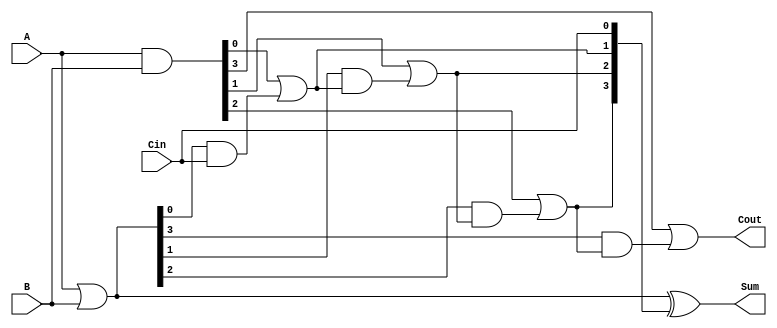
module CILA #(parameter n = 4) (
    input  [n-1:0] A,    // First operand
    input  [n-1:0] B,    // Second operand
    input         Cin,    // Carry input
    output [n-1:0] Sum,   // Sum output
    output        Cout     // Carry output
);

    // Generate and Propagate signals
    wire [n-1:0] G; // Generate signals
    wire [n-1:0] P; // Propagate signals
    wire [n:0] C;   // Carry signals

    // Generate and Propagate logic
    assign G = A & B;          // G[i] = A[i] & B[i]
    assign P = A | B;          // P[i] = A[i] | B[i]

    // Carry generation using lookahead logic
    assign C[0] = Cin; // C[0] = Cin
    genvar i;
    generate
        for (i = 0; i < n; i = i + 1) begin : carry_gen
            if (i == 0) begin
                assign C[i + 1] = G[i] | (P[i] & C[i]); // C[1] = G[0] + (P[0] & C[0])
            end else begin
                assign C[i + 1] = G[i] | (P[i] & C[i]); // C[i + 1] = G[i] + (P[i] & C[i])
            end
        end
    endgenerate

    // Sum calculation
    assign Sum = P ^ C[n-1:0]; // Sum[i] = P[i] ^ C[i]

    // Final carry output
    assign Cout = C[n]; // Cout = C[n]

endmodule